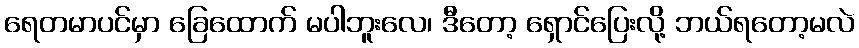
ရေတမာပင်မှာ ခြေထောက် မပါဘူးလေ၊ ဒီတော့ ရှောင်ပြေးလို့ ဘယ်ရတော့မလဲ